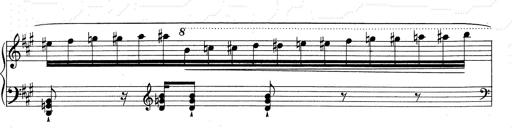
Title: RÃ©miniscences de Don Juan
Composer: Franz Liszt